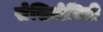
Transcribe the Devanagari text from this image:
सेसिडोमिडी